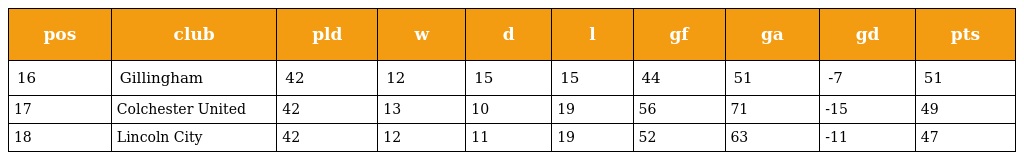
| pos | club | pld | w | d | l | gf | ga | gd | pts |
 | --- | --- | --- | --- | --- | --- | --- | --- | --- | --- |
 | 16 | Gillingham | 42 | 12 | 15 | 15 | 44 | 51 | -7 | 51 |
 | 17 | Colchester United | 42 | 13 | 10 | 19 | 56 | 71 | -15 | 49 |
 | 18 | Lincoln City | 42 | 12 | 11 | 19 | 52 | 63 | -11 | 47 |